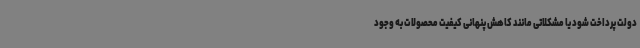
دولت پرداخت شود یا مشکلاتی مانند کاهش پنهانی کیفیت محصولات به وجود